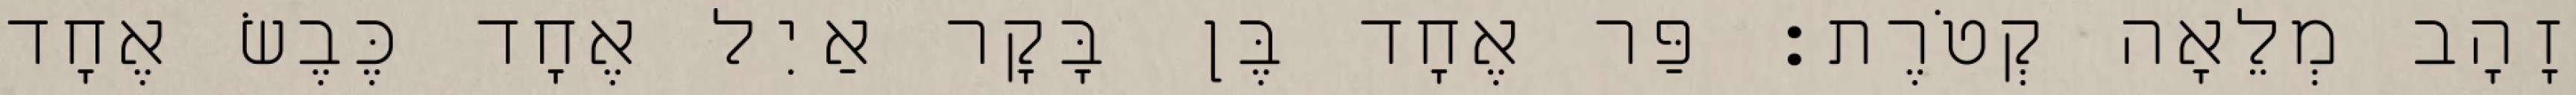
זָהָב מְלֵאָה קְטֹרֶת׃ פַּר אֶחָד בֶּן בָּקָר אַיִל אֶחָד כֶּבֶשׂ אֶחָד